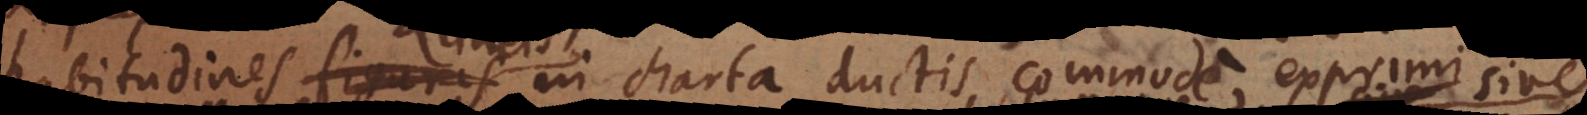
habitudines lineis in charta ductis commode exprimi